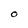
Character: O